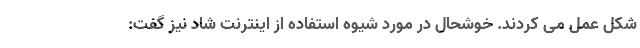
شکل عمل می کردند. خوشحال در مورد شیوه استفاده از اینترنت شاد نیز گفت: